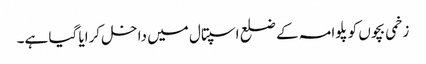
زخمی بچوں کو پلوامہ کے ضلع اسپتال میں داخل کرایا گیا ہے۔